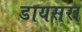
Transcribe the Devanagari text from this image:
डायसरा